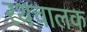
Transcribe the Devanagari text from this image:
रथचालक